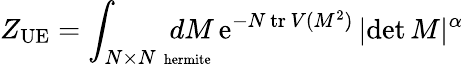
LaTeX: Z_{\mathrm{UE}}=\int_{N\times N\, \mathrm{\scriptsize~hermite}}\! \! \! \! \! \! \! \! \! \! dM\, \mathrm{e}^{-N\, \mathrm{tr}\, V(M^{2})}\, |\mathrm{det}\, M|^{\alpha}